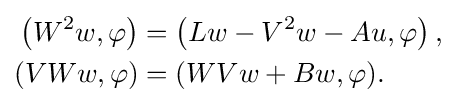
{\begin{aligned}\left(W^{2}w,\varphi \right)&=\left(Lw-V^{2}w-Au,\varphi \right),\\(VWw,\varphi )&=(WVw+Bw,\varphi ).\end{aligned}}